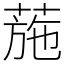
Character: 葹